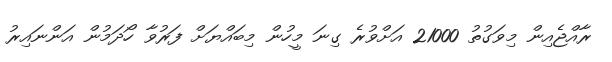
ރާއްޖެއިން މިވަގުތު 21000 އަށްވުރެ ގިނަ މީހުން މިބައްޔަށް ފަރުވާ ހޯދަމުން އަންނައިރު